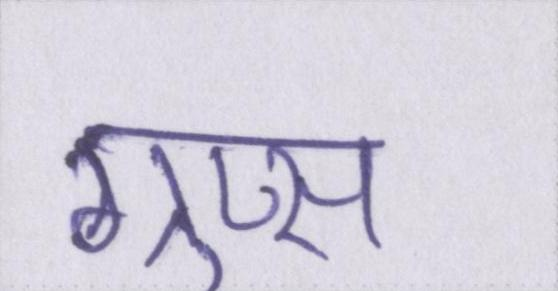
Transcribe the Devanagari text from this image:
ग्रुप्स